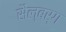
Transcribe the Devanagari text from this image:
सैल्बर्ग